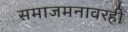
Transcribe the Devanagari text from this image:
समाजमनावरही